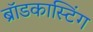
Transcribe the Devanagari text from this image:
ब्राॅडकास्टिंग